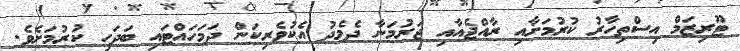
ޓޫރިޒަމް އިސްތިހާރު ކުރުމަށާއި ރާއްޖެއާއި ޖަރުމަނާ ދެމެދު އެކުވެރިކަން ދަމަހައްޓައި ބަދަހި ކުރުމަށެވެ.